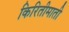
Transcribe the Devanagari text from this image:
किरितीमाती